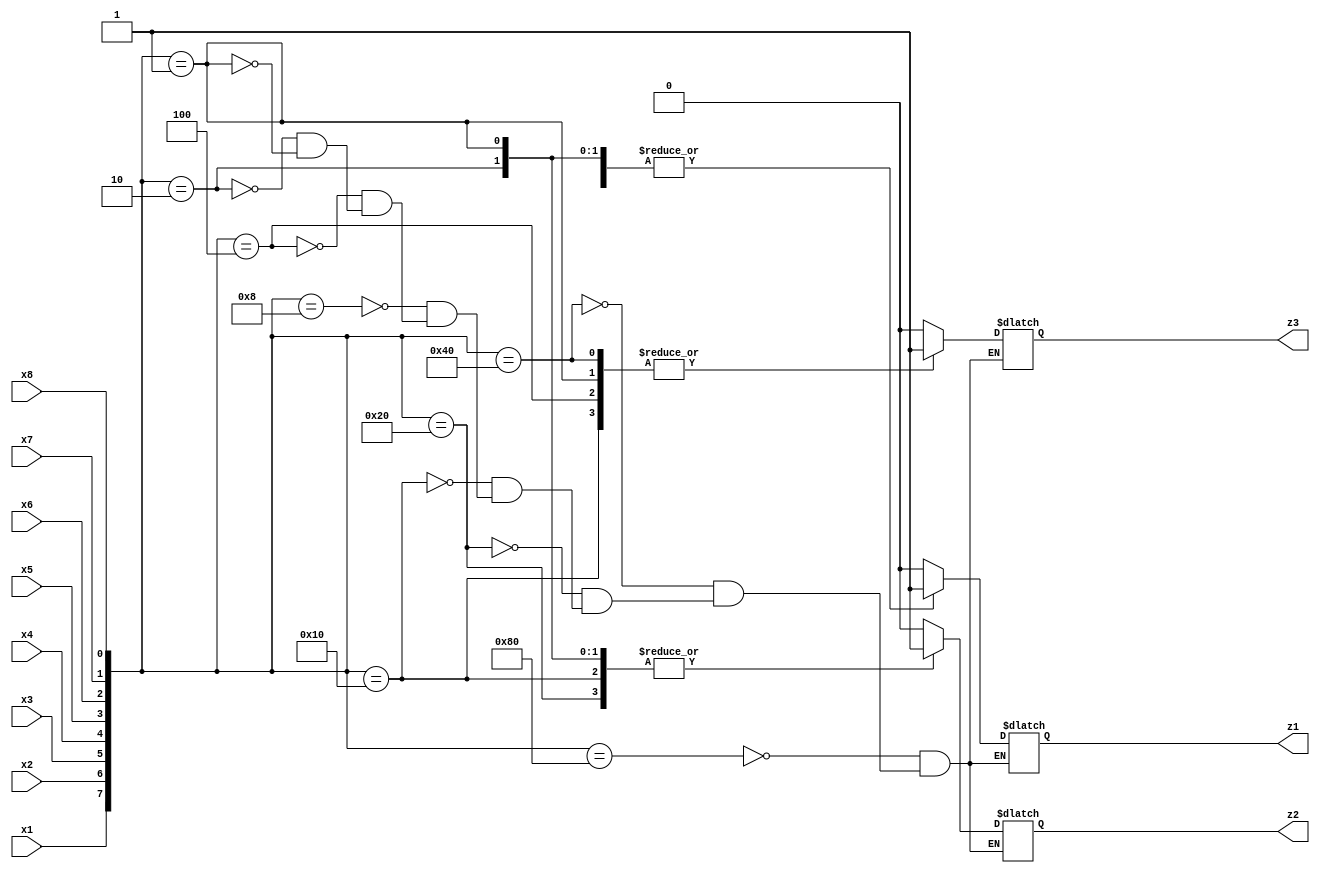
module encoder(z1, z2, z3, x1, x2, x3, x4, x5, x6, x7, x8);

	input x1, x2, x3, x4, x5, x6, x7, x8;
	output reg z1, z2, z3;

	always @(x1 or x2 or x3 or x4 or x5 or x6 or x7 or x8)
	begin
		case({x1,x2,x3,x4,x5,x6,x7,x8})
			8'b10000000 : begin #2 {z1, z2, z3} = 3'b000; end
			8'b01000000 : begin #2 {z1, z2, z3} = 3'b001; end
			8'b00100000 : begin #2 {z1, z2, z3} = 3'b010; end
			8'b00010000 : begin #2 {z1, z2, z3} = 3'b011; end
			8'b00001000 : begin #2 {z1, z2, z3} = 3'b100; end
			8'b00000100 : begin #2 {z1, z2, z3} = 3'b101; end
			8'b00000010 : begin #2 {z1, z2, z3} = 3'b110; end
			8'b00000001 : begin #2 {z1, z2, z3} = 3'b111; end
		endcase
	end

endmodule